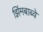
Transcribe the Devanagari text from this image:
झिंमबाब्वे